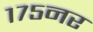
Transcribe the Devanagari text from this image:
१७५नर